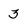
Character: 3